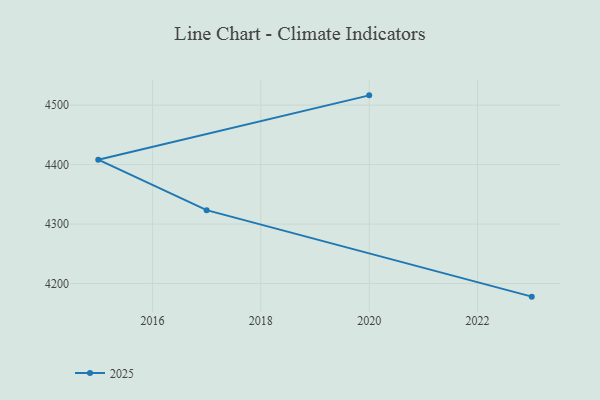
{"axis": {"x": "Year", "y": "Energy Usage (MWh)"}, "legend": ["2025"], "data": [{"x": "2020", "y": 4516.4, "type": "2025"}, {"x": "2015", "y": 4408.2, "type": "2025"}, {"x": "2017", "y": 4323.4, "type": "2025"}, {"x": "2023", "y": 4178.0, "type": "2025"}]}